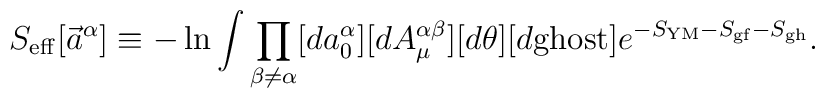
S_{\rm eff}[ \vec a^\alpha]\equiv -\ln \int\prod_{\beta\neq\alpha}[d a^\alpha_0][dA^{\alpha\beta}_\mu][d\theta][d{\rm ghost}]e^{-S_{\rm YM}-S_{\rm gf}-S_{\rm gh}}.